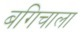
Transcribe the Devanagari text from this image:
बगिचाला